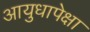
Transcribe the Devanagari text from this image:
आयुधापेक्षा